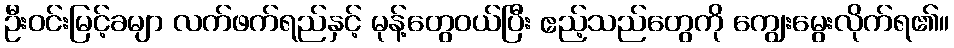
ဦးဝင်းမြင့်ခမျာ လက်ဖက်ရည်နှင့် မုန့်တွေဝယ်ပြီး ဧည့်သည်တွေကို ကျွေးမွေးလိုက်ရ၏။